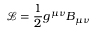
{ \mathcal { L } } = { \frac { 1 } { 2 } } g ^ { \mu \nu } B _ { \mu \nu }